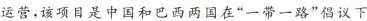
运营，该项目是中国和巴西两国在”一带一路”倡议下